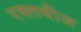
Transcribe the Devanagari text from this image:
रक्‍तबीज